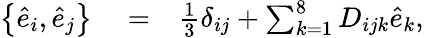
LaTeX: \begin{array}{rlr}{\left\{ \hat{e}_{i},\hat{e}_{j}\right\} }&{{}=}&{\frac{1}{3}\delta_{ij}+\sum_{k=1}^{8}D_{ijk}\hat{e}_{k},}\end{array}